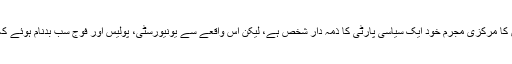
تازہ ترین واقعات میں سے مثال کے طور پر مشال خان قتل کیس کو لیجئے ، اس کا مرکزی مجرم خود ایک سیاسی پارٹی کا ذمہ دار شخص ہے، لیکن اس واقعے سے یونیورسٹی، پولیس اور فوج سب بدنام ہوئے کہ یہ سارے ادارے ایک بے گناہ انسان پر ہونے والے تشددر کو نہیں روک سکے۔